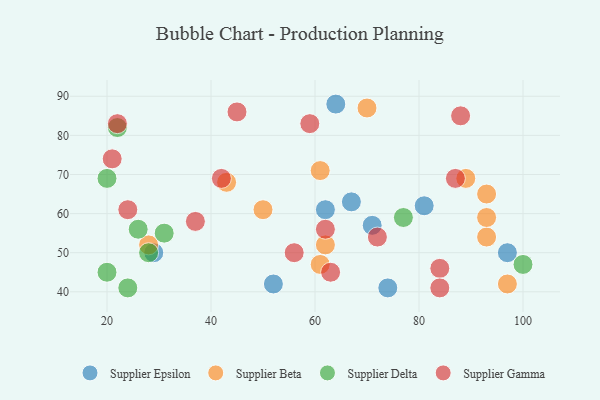
{"axis": {"x": "GDP", "y": "Life Expectancy"}, "legend": ["Supplier Beta", "Supplier Delta", "Supplier Epsilon", "Supplier Gamma"], "data": [{"x": "52", "y": 42, "type": "Supplier Epsilon"}, {"x": "62", "y": 61, "type": "Supplier Epsilon"}, {"x": "29", "y": 50, "type": "Supplier Epsilon"}, {"x": "64", "y": 88, "type": "Supplier Epsilon"}, {"x": "81", "y": 62, "type": "Supplier Epsilon"}, {"x": "97", "y": 50, "type": "Supplier Epsilon"}, {"x": "67", "y": 63, "type": "Supplier Epsilon"}, {"x": "74", "y": 41, "type": "Supplier Epsilon"}, {"x": "71", "y": 57, "type": "Supplier Epsilon"}, {"x": "61", "y": 71, "type": "Supplier Beta"}, {"x": "89", "y": 69, "type": "Supplier Beta"}, {"x": "43", "y": 68, "type": "Supplier Beta"}, {"x": "93", "y": 54, "type": "Supplier Beta"}, {"x": "62", "y": 52, "type": "Supplier Beta"}, {"x": "61", "y": 47, "type": "Supplier Beta"}, {"x": "93", "y": 59, "type": "Supplier Beta"}, {"x": "97", "y": 42, "type": "Supplier Beta"}, {"x": "50", "y": 61, "type": "Supplier Beta"}, {"x": "70", "y": 87, "type": "Supplier Beta"}, {"x": "93", "y": 65, "type": "Supplier Beta"}, {"x": "28", "y": 52, "type": "Supplier Beta"}, {"x": "26", "y": 56, "type": "Supplier Delta"}, {"x": "77", "y": 59, "type": "Supplier Delta"}, {"x": "100", "y": 47, "type": "Supplier Delta"}, {"x": "20", "y": 45, "type": "Supplier Delta"}, {"x": "24", "y": 41, "type": "Supplier Delta"}, {"x": "31", "y": 55, "type": "Supplier Delta"}, {"x": "28", "y": 50, "type": "Supplier Delta"}, {"x": "20", "y": 69, "type": "Supplier Delta"}, {"x": "22", "y": 82, "type": "Supplier Delta"}, {"x": "87", "y": 69, "type": "Supplier Gamma"}, {"x": "42", "y": 69, "type": "Supplier Gamma"}, {"x": "21", "y": 74, "type": "Supplier Gamma"}, {"x": "37", "y": 58, "type": "Supplier Gamma"}, {"x": "45", "y": 86, "type": "Supplier Gamma"}, {"x": "63", "y": 45, "type": "Supplier Gamma"}, {"x": "59", "y": 83, "type": "Supplier Gamma"}, {"x": "24", "y": 61, "type": "Supplier Gamma"}, {"x": "22", "y": 83, "type": "Supplier Gamma"}, {"x": "62", "y": 56, "type": "Supplier Gamma"}, {"x": "72", "y": 54, "type": "Supplier Gamma"}, {"x": "56", "y": 50, "type": "Supplier Gamma"}, {"x": "84", "y": 46, "type": "Supplier Gamma"}, {"x": "84", "y": 41, "type": "Supplier Gamma"}, {"x": "88", "y": 85, "type": "Supplier Gamma"}]}